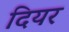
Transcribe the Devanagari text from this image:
दियर